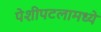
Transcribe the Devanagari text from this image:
पेशीपटलामध्ये